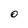
Character: O